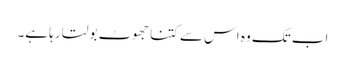
اب تک وہ اس سے کتنا جھوٹ بولتا رہا ہے۔